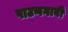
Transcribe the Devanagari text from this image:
पाटणगावी